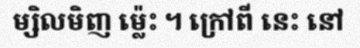
ម្សិលមិញ ម្ល៉េះ ។ ក្រៅពី នេះ នៅ